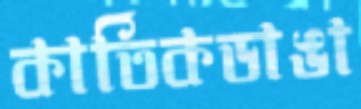
কার্তিকডাঙা